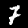
Digit: 7